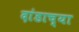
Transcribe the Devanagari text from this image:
दांडाच्या